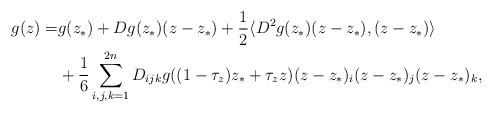
LaTeX: \begin{align*} g(z)=&g(z_*)+Dg(z_*)(z-z_*)+\frac{1}{2}\langle D^2g(z_*)(z-z_*) , (z-z_*) \rangle\\ &+\frac{1}{6} \sum \limits _{i,j,k=1}^{2n} D_{ijk} g((1-\tau _z) z_*+\tau _z z)(z-z_*)_i(z-z_*)_j(z-z_*)_k, \end{align*}